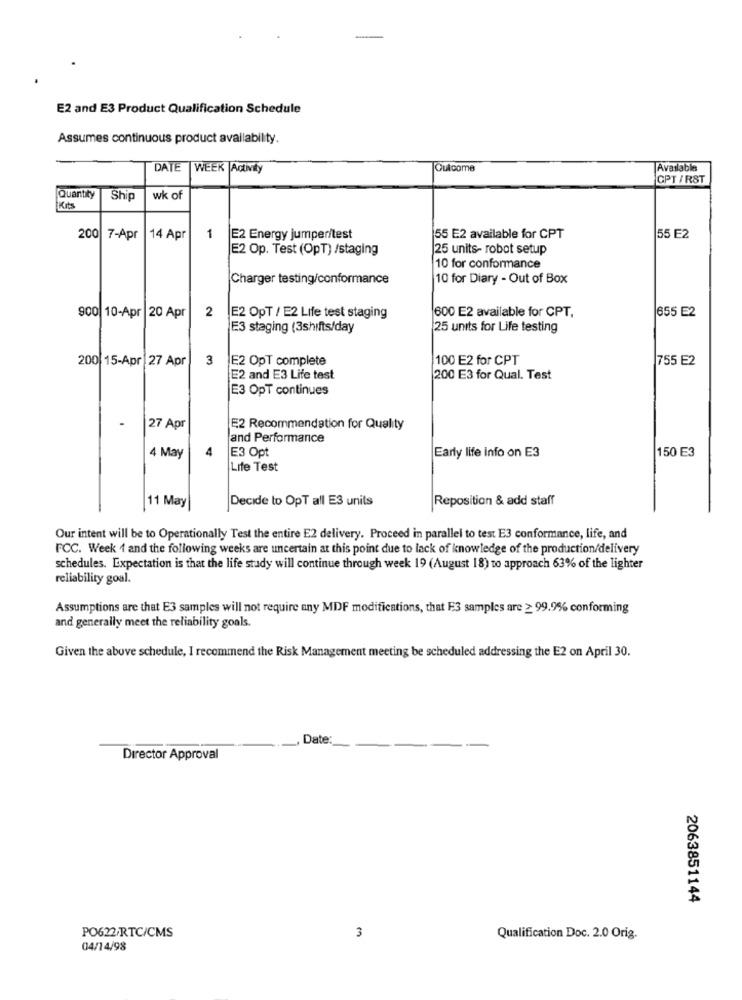
E2 and E3 Product Qualification Schedule
Assumes continuous product availability.
DATE WEEK Activily
Outcome
Available
CPT / RST
Quantity
Ship
wk of
Kits
200
7-Apr
14 Apr
1
E2 Energy jumper/test
55 E2 available for CPT
55 F2
E2 Op. Test (OpT) /staging
25 units- robot setup
10 for conformance
Charger testing/conformance
10 for Diary - Out of Box
600 E2 available for CPT,
655 E2
900 10-Apr 20 Apr
2
E2 OPT / E2 Life test staging
E3 staging (3shifts/day
25 units for Life testing
200 15-Apr 27 Apr
3
E2 OpT complete
100 E2 for CPT
755 E2
E2 and E3 Life test
200 E3 for Qual. Test
E3 OpT continues
27 Apr
E2 Recommendation for Quality
and Performance
4 May
E3 Opt
Early life info on E3
150 E3
Life Test
11 May
Decide to OpT all E3 units
Reposition & add staff
Our intent will be to Operationally Test the entire E2 delivery. Proceed in parallel to test E3 conformance, life, and
FCC. Week 1 and the following weeks are uncertain at this point due to lack of knowledge of the production/delivery
schedules. Expectation is that the life stady will continue through week 19 (August 18) to approach 63% of the lighter
reliability goal.
Assumptions are that E3 samples will not require any MDF modifications, that E3 samples are ≥ 99.9% conforming
and generally meet the reliability goals.
Given the above schedule, I recommend the Risk Management meeting be scheduled addressing the E2 on April 30.
, Date:
Director Approval
2063851144
PO622/RTC/CMS
3
Qualification Doc. 2.0 Orig.
04/14/98